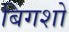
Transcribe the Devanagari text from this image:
बिगशो